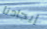
إيجادنا